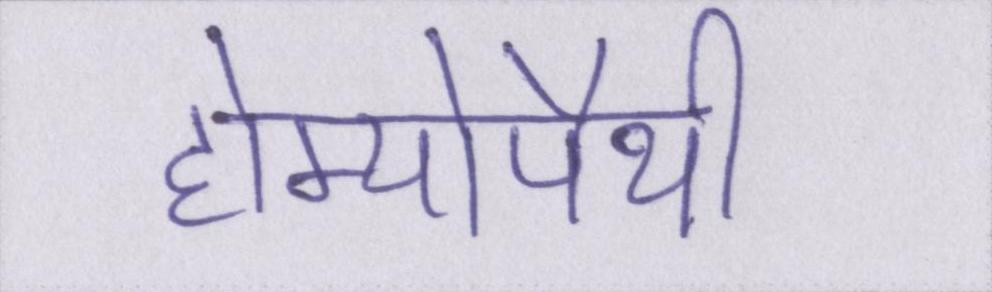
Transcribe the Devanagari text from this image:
होम्योपैथी